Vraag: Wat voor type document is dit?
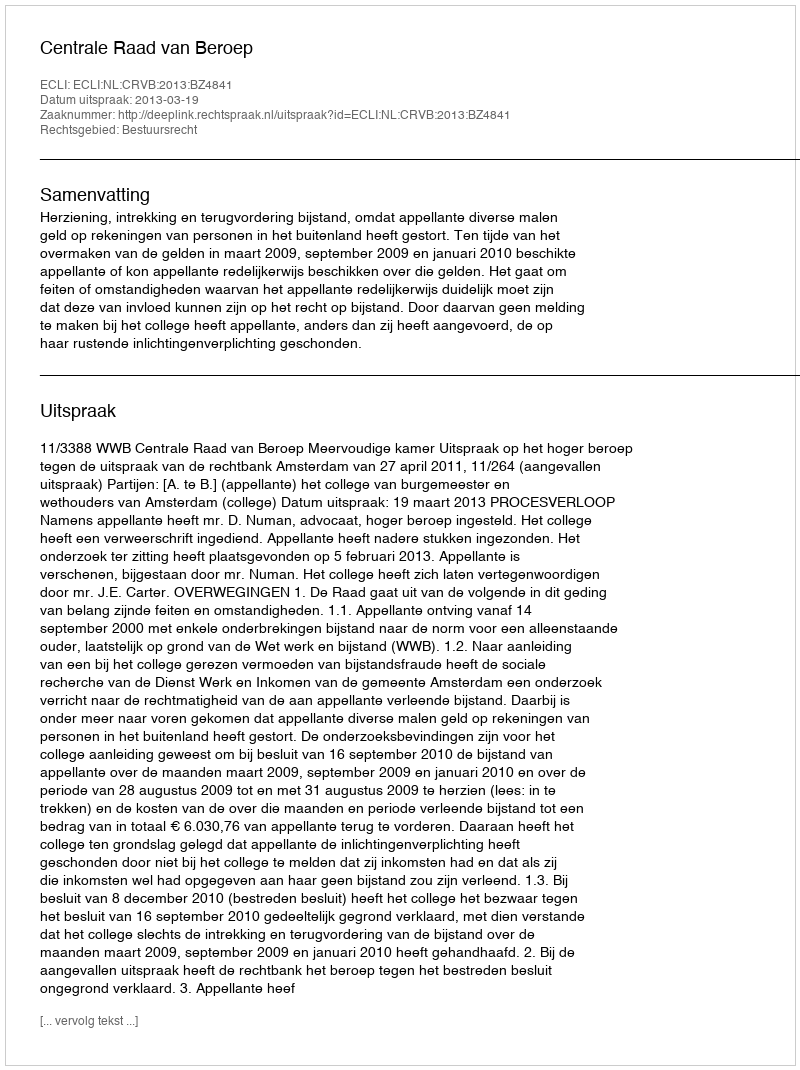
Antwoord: Uitspraak